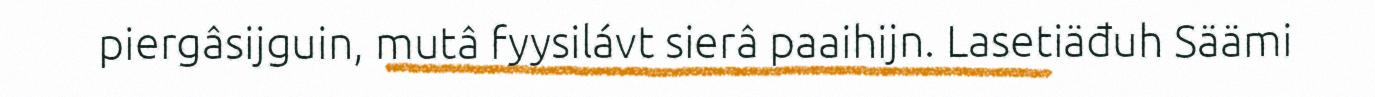
piergâsijguin, mutâ fyysilávt sierâ paaihijn. Lasetiäđuh Säämi